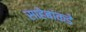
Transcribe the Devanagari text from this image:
साहेबांकडे